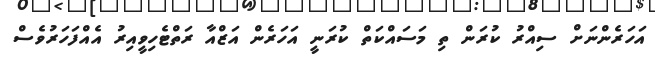
އަހަރެންނަށް ސިއްރު ކުރަން ތި މަސައްކަތް ކުރަނީ އަހަރެން އަޒްއާ ރަތްޓެހިވީއިރު އެއްފަހަރުވެސް